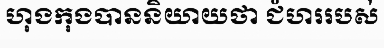
ហុងកុងបាននិយាយថា ជំហររបស់